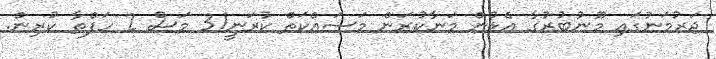
ޖަރުމަނުގައި މޫނުބުރުގާ އެޅުން މަނާކުރަން މަސައްކަތް ކުރަނީ!3 މަސް 2 ހަފްތާ ކުރިން.